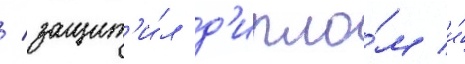
/ защит'и́л д'ипло́м и́